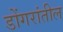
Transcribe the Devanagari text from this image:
डोंगरांतील